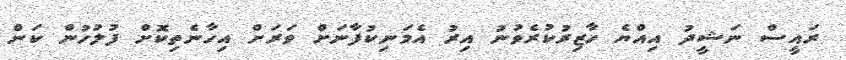
ރައީސް ނަޝީދު އިއްޔެ ހާޒިރުކުރެވުނު އިރު އެމަނިކުފާނަށް ވަރަށް އިހާނެތިކޮށް ފުލުހުން ކަން